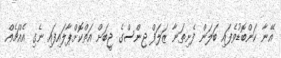
އޭނާ ކަންބޮޑުވެފައި ބަލަން ފެށިތަނާ ޒަލަފް ޖިންސްގެ ޖީބަށް އަތްކޮށްޕާލައިފައި ނެގި އެއްޗެއް